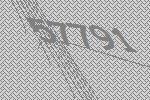
57791